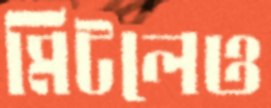
মিটলেও